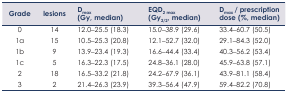
<table><thead><tr><td><b>Grade</b></td><td><b>lesions</b></td><td><b>D<sub>max</sub> (Gy, median)</b></td><td><b>EQD<sub>2 max</sub> (Gy<sub>2/2</sub>, median)</b></td><td><b>D<sub>max</sub> / prescription dose (%, median)</b></td></tr></thead><tbody><tr><td>0</td><td>14</td><td>12.0–25.5 (18.3)</td><td>15<i>.0</i>–<i>38</i>.9 (29.6)</td><td>33.4–60.7 (50.5)</td></tr><tr><td>1a</td><td>15</td><td>10.5–25.3 (20.8)</td><td>12.1–52.7 (32.0)</td><td>29.1–84.3 (52.0)</td></tr><tr><td>1b</td><td>9</td><td>13.9–23.4 (19.3)</td><td>16.6–44.4 (33.4)</td><td>40.3–56.2 (53.4)</td></tr><tr><td>1c</td><td>5</td><td>16.3–22.3 (17.5)</td><td>24.8–36.1 (28.0)</td><td>45.9–63.8 (57.1)</td></tr><tr><td>2</td><td>18</td><td>16.5–33.2 (21.8)</td><td>24.2–67.9 (36.1)</td><td>43.9–81.1 (58.4)</td></tr><tr><td>3</td><td>2</td><td>21.4–26.3 (23.9)</td><td>39.3–56.4 (47.9)</td><td>59.4–82.2 (70.8)</td></tr></tbody></table>